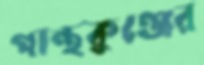
পান্থকুঞ্জের